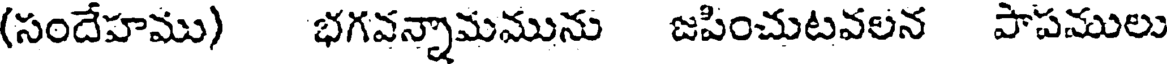
(సందేహము) భగవన్నామమును జపించుటవలన పాపములు